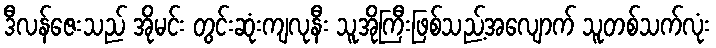
ဒီလန်ဇေးသည် အိုမင်း တွင်းဆုံးကျလုနီး သူအိုကြီးဖြစ်သည့်အလျောက် သူတစ်သက်လုံး